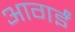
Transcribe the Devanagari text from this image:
आगईं